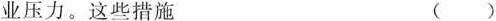
业压力。这些措施 ()